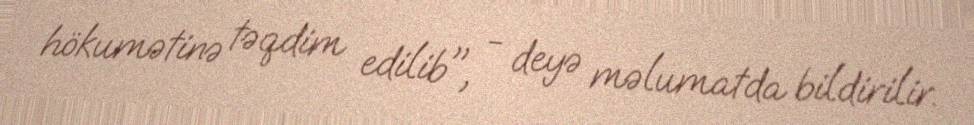
hökumətinə təqdim edilib", - deyə məlumatda bildirilir.